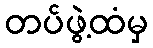
တပ်ဖွဲ့ထံမှ